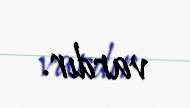
vardır.